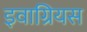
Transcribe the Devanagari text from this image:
इवाग्रियस